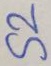
Text: S2